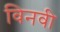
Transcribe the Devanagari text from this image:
विनवी